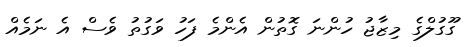
ގޫގުލްގެ މިޒާޖު ހުންނަ ގޮތުން އެންމެ ފަހު ވަގުތު ވެސް އެ ނަމެއް